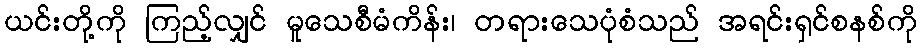
ယင်းတို့ကို ကြည့်လျှင် မူသေစီမံကိန်း၊ တရားသေပုံစံသည် အရင်းရှင်စနစ်ကို